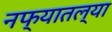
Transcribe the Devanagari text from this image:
नफ्यातल्या